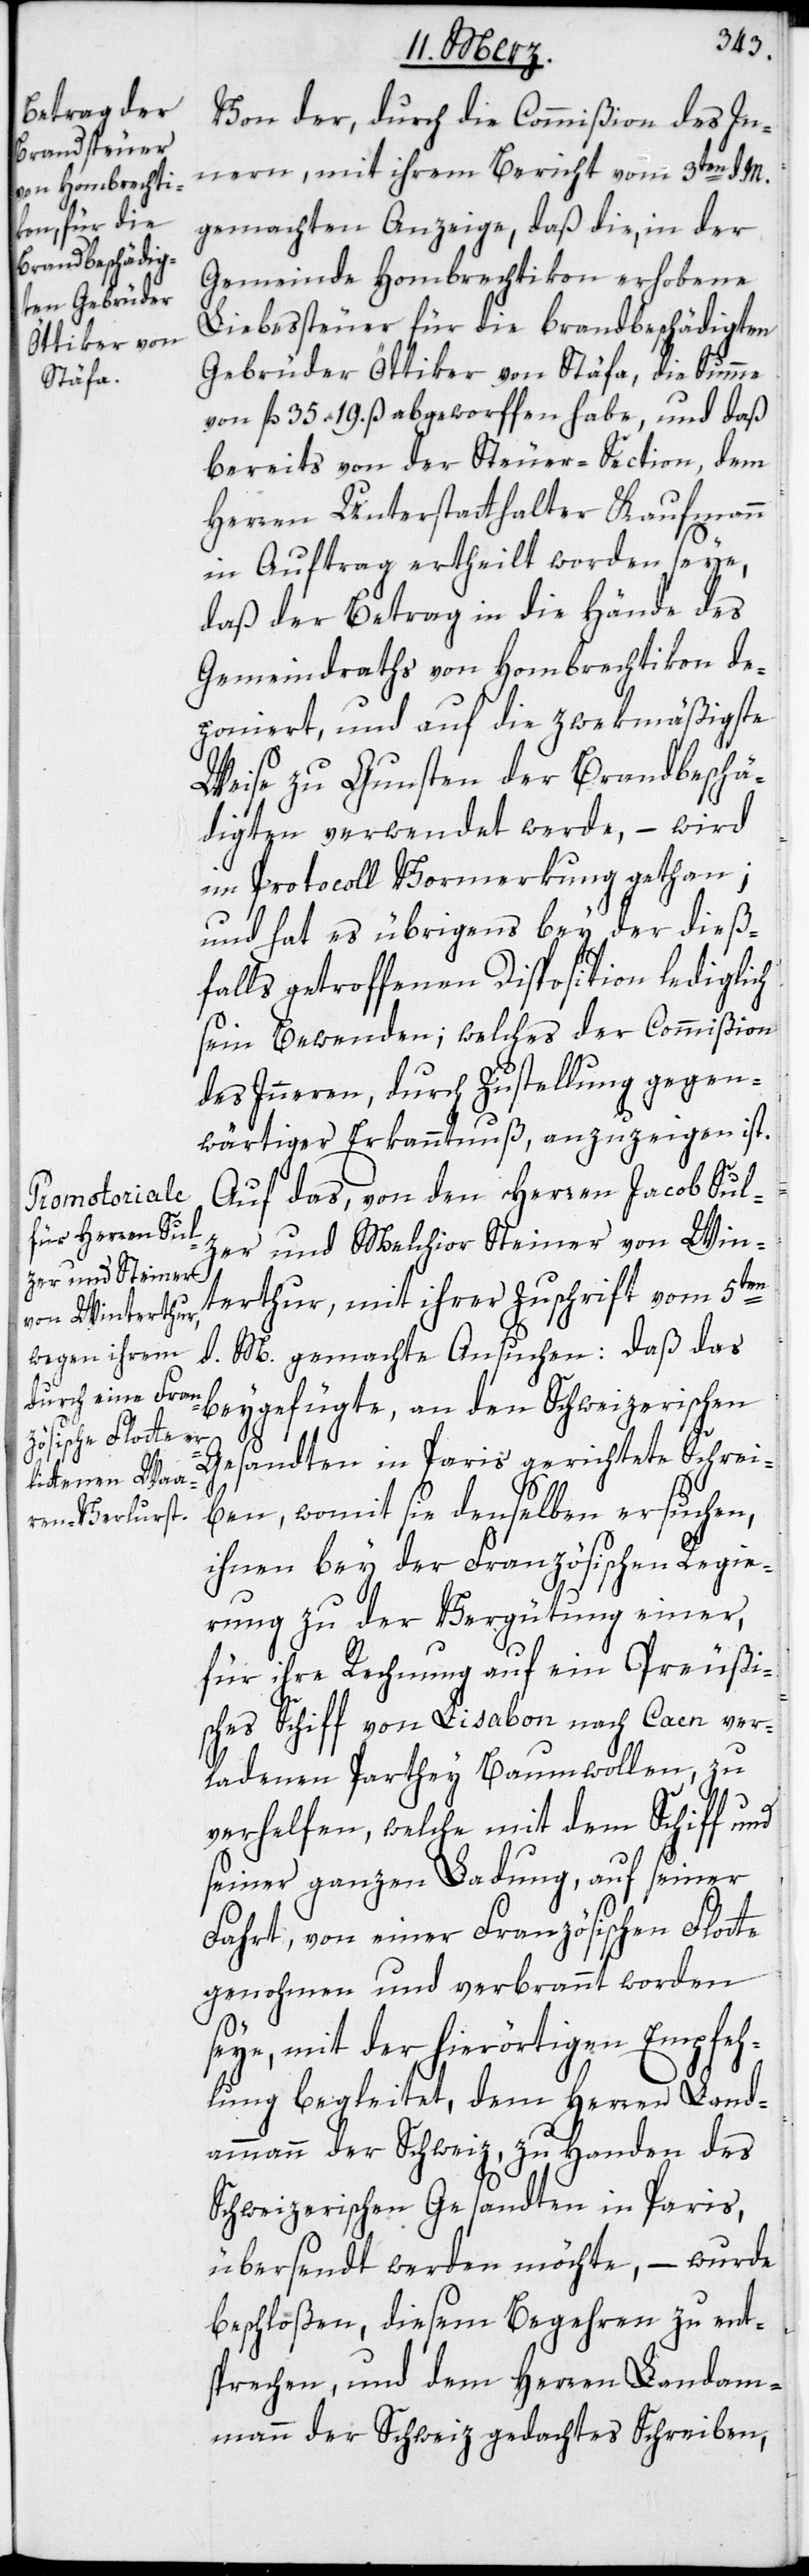
Von der durch die Commißion des In¬
neren, mit ihrem Bericht vom 3ten d. M.
gemachten Anzeige, daß die, in der
Gemeinde Hombrechtikon erhobene
Liebesseuer für die brandbeschädigten
Gebrüder Öttiker von Stäfa, die Summe
von fl. 35. 19. ß abgeworffen habe, und daß
bereits von der Steuer-Section, dem
Herren Unterstatthalter Kaufmann
in Auftrag ertheilt worden seye,
daß der Betrag in die Hände des
Gemeindraths von Hombrechtikon de¬
poniert, und auf die zwekmäßigste
Weise zu Gunsten der Brandbeschä¬
digten verwendet werde, – wird
im Protocoll Vormerkung gethan;
und hat es übrigens bey der dieß¬
falls getroffenen Disposition lediglich
sein Bewenden; welches der Commißion
des Inneren, durch Zustellung gegen¬
wärtiger Erkanntnuß anzuzeigen ist.
Auf das, von den Herren Jacob Sul¬
zer und Melchior Steiner von Win¬
terthur, mit ihrer Zuschrift vom 5ten
d. M. gemachte Ansuchen: Daß das
beygefügte, an den Schweizerischen
Gesandten in Paris gerichtete Schrei¬
ben, womit sie denselben ersuchen,
ihnen bey der Französischen Regie¬
rung zu der Vergütung einer,
für ihre Rechnung auf ein Preußi¬
sches Schiff von Lißabon nach Caen ver¬
ladenen Parthey Baumwollen, zu
verhelfen, welche mit dem Schiff und
seiner ganzen Ladung, auf seiner
Fahrt, von einer Französischen Flotte
genohmen und verbrannt worden
seye, mit der hierörtigen Empfeh¬
lung begleitet, dem Herren Land¬
ammann der Schweiz, zu Handen des
Schweizerischen Gesandten in Paris,
übersendt werden möchte, – wurde
beschloßen, diesem Begehren zu ent¬
sprechen, und dem Herrn Landam¬
mann der Schweiz gedachtes Schreiben,